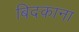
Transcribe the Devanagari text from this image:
बिदकाना